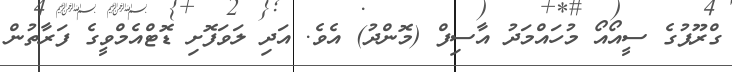
ގްރޫޕުގެ ސީއޯއޯ މުހައްމަދު އާސިފް (މޮންދު) އެވެ. އަދި ލަވަފޮށި ޑޮޓްއެމްވީގެ ފަރާތުން